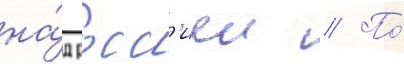
на́д росс'иеи // По́